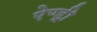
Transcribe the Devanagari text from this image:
ऐण्ड्री